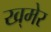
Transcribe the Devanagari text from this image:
ख्‌मेर